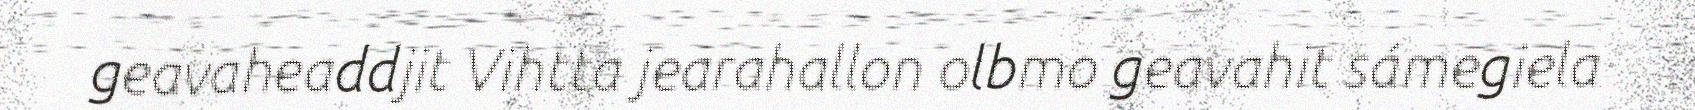
geavaheaddjit Vihtta jearahallon olbmo geavahit sámegiela